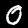
Digit: 0